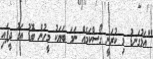
"އަޅުގަނޑު މި ކުރަނީ ގޯސްކަމެއް ނަމަ ބަޔަކު މީހުން ބޮޑު އަގު ދީފައި